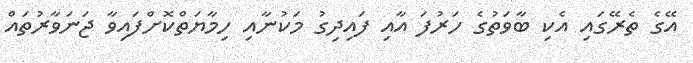
އޭގެ ތެރޭގައި އެކި ބާވަތުގެ ހަރުފަ އާއި ފައިދިގު މަކުނާއި ހިމާޔަތްކޮށްފައިވާ ޖަނަވާރުތައް